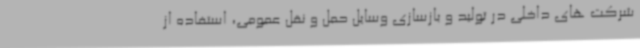
شرکت های داخلی در تولید و بازسازی وسایل حمل و نقل عمومی، استفاده از